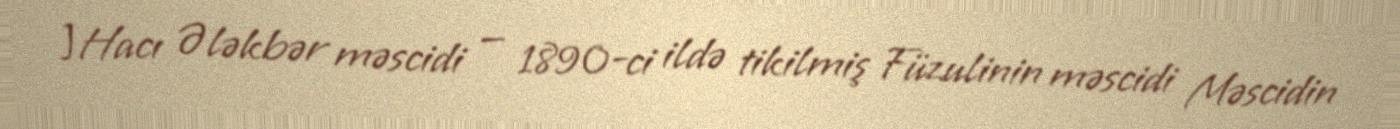
]Hacı Ələkbər məscidi — 1890-ci ildə tikilmiş Füzulinin məscidi Məscidin